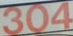
304